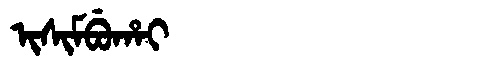
Manchu: ᡳᠰᡳᠮᠪᡠᡥᠠᡳ
Romanization: ISIMBUHAI